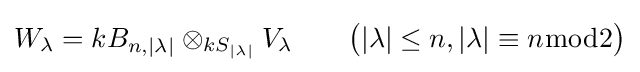
W_{\lambda }=kB_{n,|\lambda |}\otimes _{kS_{|\lambda |}}V_{\lambda }\qquad {\big (}|\lambda |\leq n,|\lambda |\equiv n{\bmod {2}}{\big )}